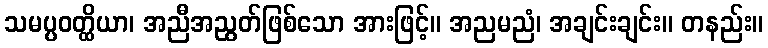
သမပ္ပဝတ္ထိယာ၊ အညီအညွတ်ဖြစ်သော အားဖြင့်။ အညမညံ၊ အချင်းချင်း။ တနည်း။